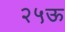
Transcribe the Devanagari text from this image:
२५ऊ